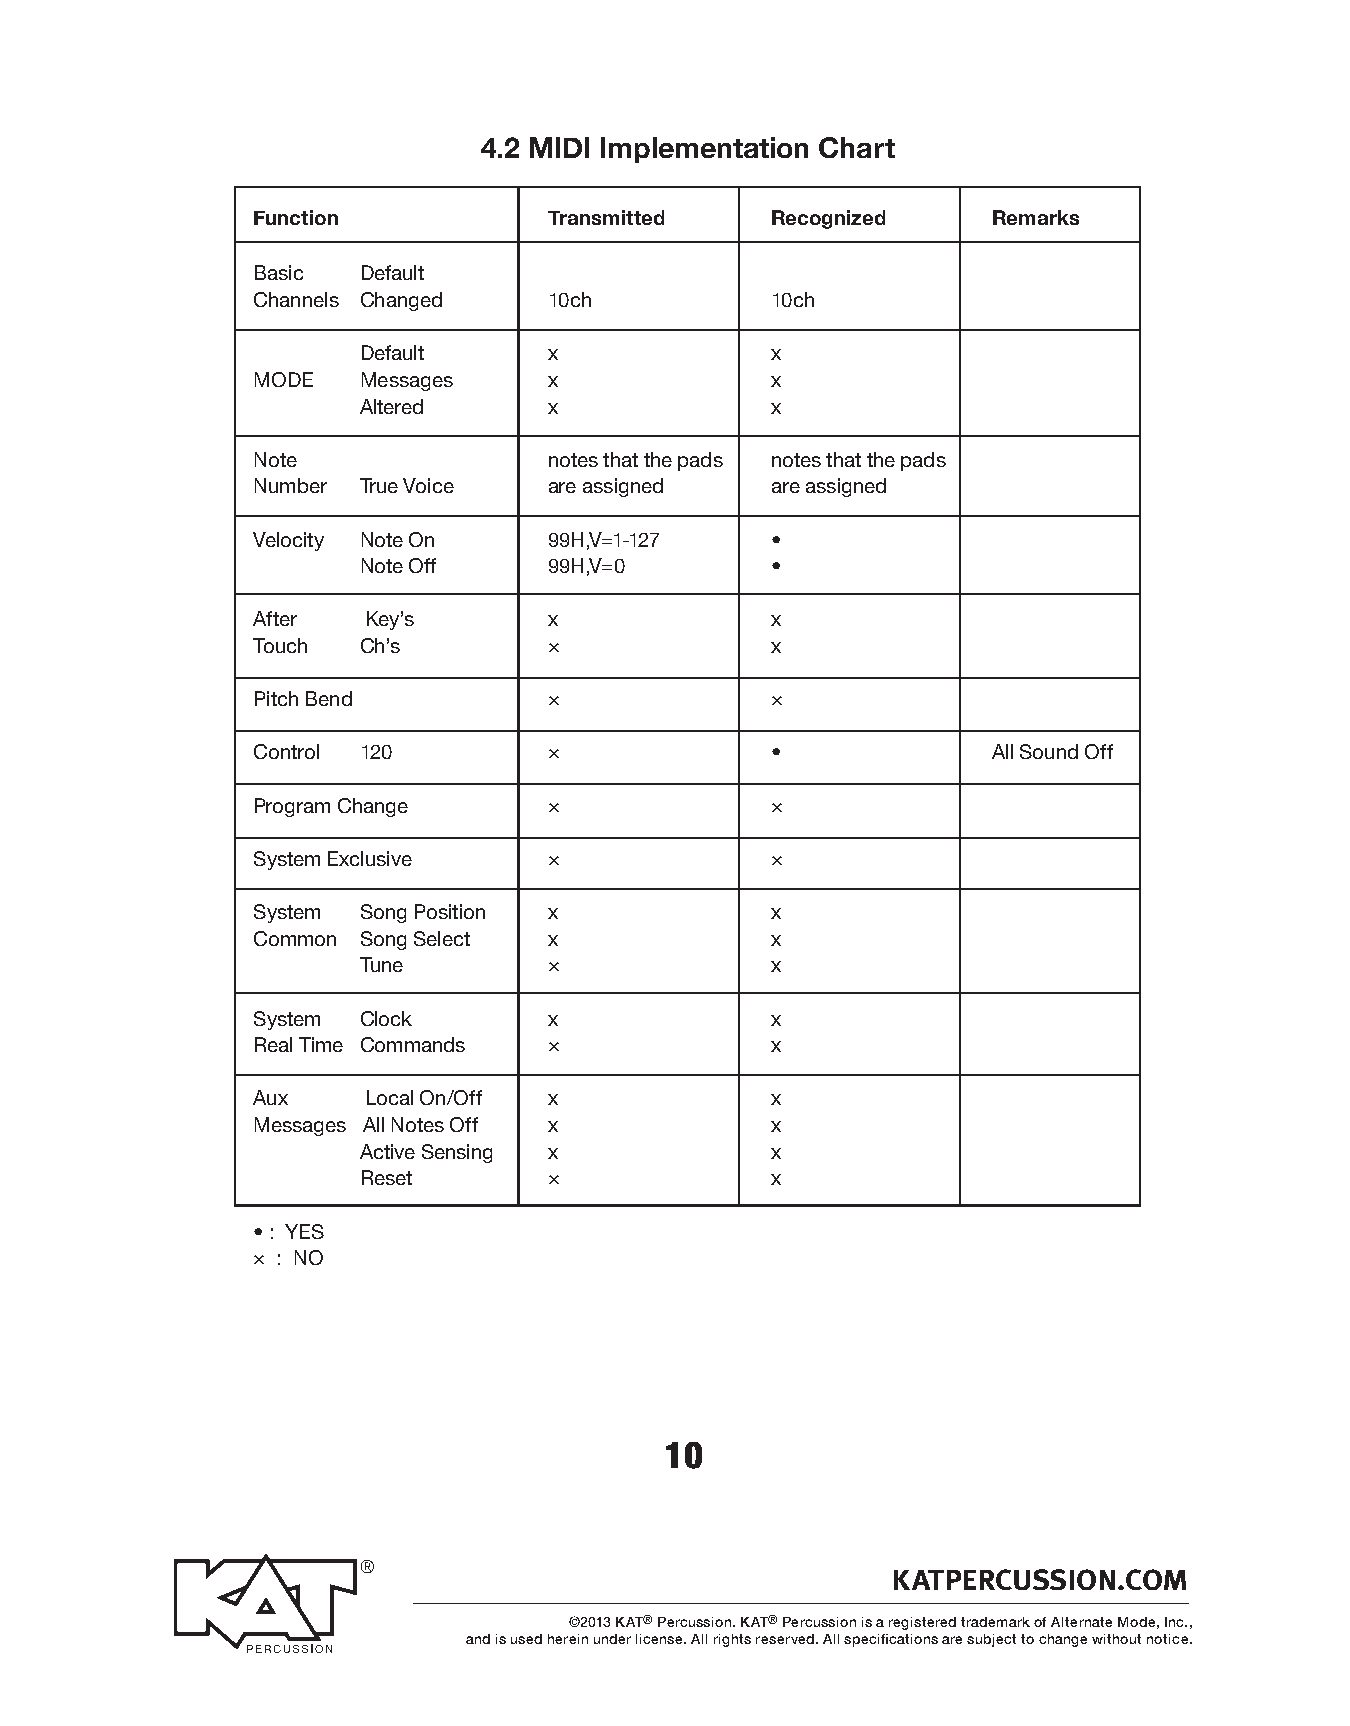
4.2 MIDI Implementation Chart
 Function           Transmitted    Recognized     Remarks
 Basic  Default
 Channels Changed   10ch           10ch
 Default     x              x
 MODE   Messages    x              x
 Altered     x              x
 Note               notes that the pads notes that the pads
 Number True Voice  are assigned   are assigned
 Velocity Note On   99H,V=1-127    •
 Note Off    99H,V=0        •
 After  Key’s       x              x
 Touch  Ch’s        ×              x
 Pitch Bend         ×              ×
 Control 120        ×              •              All Sound Off
 Program Change     ×              ×
 System Exclusive   ×              ×
 System Song Position x            x
 Common Song Select x              x
 Tune        ×              x
 System Clock       x              x
 Real Time Commands ×              x
 Aux    Local On/Off x             x
 Messages All Notes Off x          x
 Active Sensing x           x
 Reset       ×              x
 • : YES
 × : NO
 10
 ®
 KATPERCUSSION.COM
 ©2013 KAT® Percussion. KAT® Percussion is a registered trademark of Alternate Mode, Inc.,
 and is used herein under license. All rights reserved. All specifications are subject to change without notice.